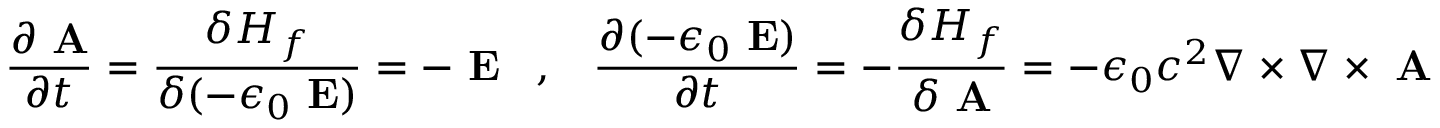
\frac { \partial \mathrm { \bf ~ A } } { \partial t } = \frac { \delta H _ { f } } { \delta ( - \epsilon _ { 0 } \mathrm { \bf ~ E } ) } = - \mathrm { \bf ~ E } \; \; \; , \; \; \; \frac { \partial ( - \epsilon _ { 0 } \mathrm { \bf ~ E } ) } { \partial t } = - \frac { \delta H _ { f } } { \delta \mathrm { \bf ~ A } } = - \epsilon _ { 0 } c ^ { 2 } \nabla \times \nabla \times \mathrm { \bf ~ A }